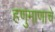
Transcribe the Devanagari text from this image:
हणुमाणाचे